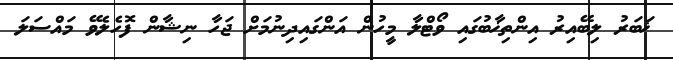
ޚަބަރު ލިބޭއިރު އިންތިޚާބުގައި ވޯޓްލާ މީހުން އަންގައިދިނުމަށް ޖަހާ ނިޝާން ފޮހެލެވޭ މައްސަލަ